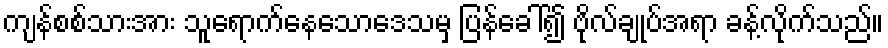
ကျန်စစ်သားအား သူရောက်နေသောဒေသမှ ပြန်ခေါ်၍ ဗိုလ်ချုပ်အရာ ခန့်လိုက်သည်။